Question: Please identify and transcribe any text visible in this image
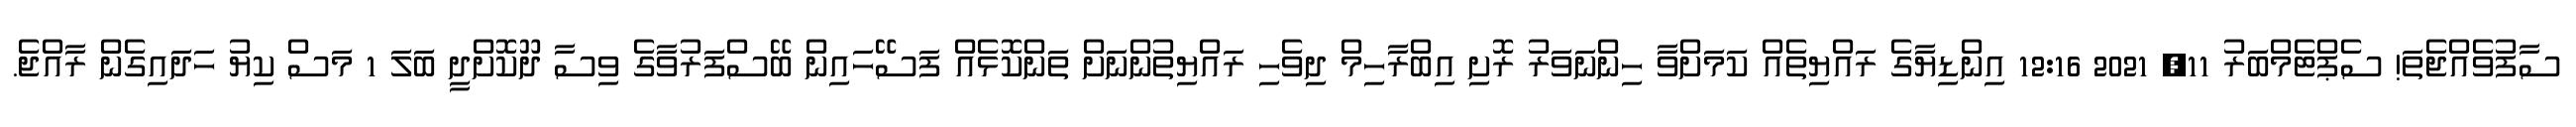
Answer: ސާފުވެއްޖެތަ! ސެޕްޓެމްބަރު 11, 2021 12:16 އިންޑިޔާގެ ރައްޔިތެއް ކަމަށްވާ ހިންނަވަރު ރޮށި އިބްރާހިމް ދިވެހި ރައްޔިތުންނަށް ތަންކޮޅެއް ފަސޭހައިން ބޭސްފަރުވާގެ ވިސާ ދޫކޮށްދީ ބަލަ 1 މަސް ކިޔު ހަދައިގެން ރާއްޖެ.